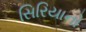
સિરિયાનો